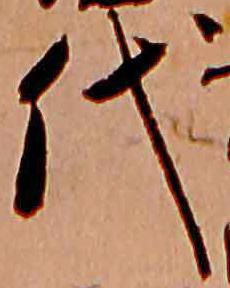
代